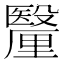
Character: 𮡠